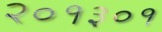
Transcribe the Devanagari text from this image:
२०१३०१